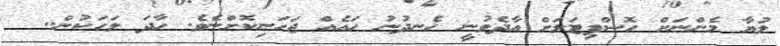
ލުޔާ މެންނަށް ހޮސްޕިޓަލަށް އާދެވުނީ ހެނދުނު ހައެއް ޖަހަނިކޮށްނެވެ. ހާދަ ލަހަކުން..